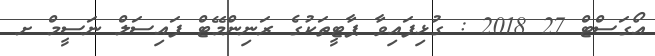
އޯގަސްޓް 27 2018 : ގުޅިފައިވާ ޕާޓީތަކުގެ ރަނިންްމޭޓް ފައިސަލް ނަސީމް ށ